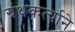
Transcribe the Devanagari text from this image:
ग्रंथकर्त्याने